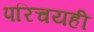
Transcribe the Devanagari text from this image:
परिचयही